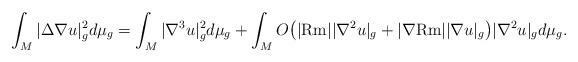
LaTeX: \begin{align*}\int_M |\Delta \nabla u|_g^2 d\mu_g=\int_M|\nabla^3 u|_g^2 d\mu_g+\int_M O\big(|{\rm Rm}||\nabla^2 u|_g+|\nabla {\rm Rm}||\nabla u|_g\big)|\nabla^2 u|_gd\mu_g.\end{align*}